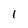
Character: 1